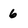
Character: 6